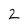
Character: 2